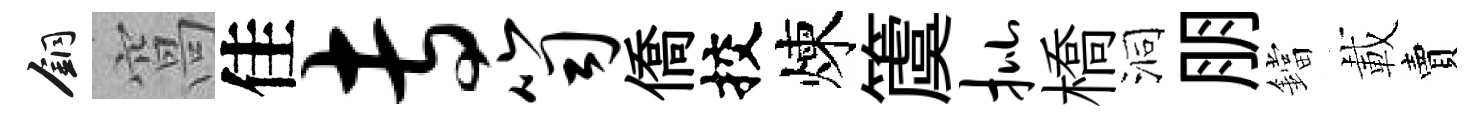
銅窩佳专笥僑挍煉𥵂批橋洞朋鐺載賣